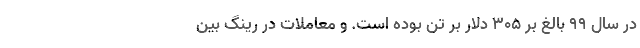
در سال ۹۹ بالغ بر ۳۰۵ دلار بر تن بوده است. و معاملات در رینگ بین